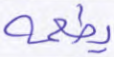
يطعمه